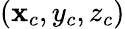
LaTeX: (\mathbf{x}_{c},y_{c},z_{c})